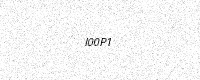
Text: I00P1